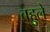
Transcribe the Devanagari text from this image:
बहुले